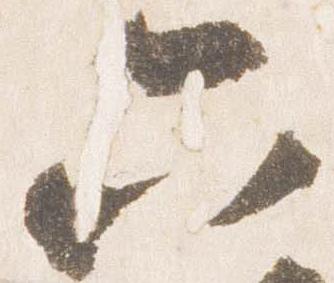
六